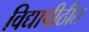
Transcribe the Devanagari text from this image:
विद्यापीठीत